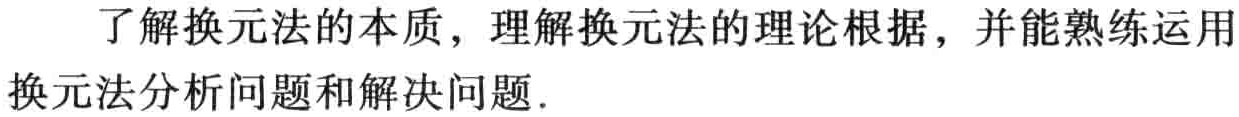
了解换元法的本质，理解换元法的理论根据，并能熟练运用换元法分析问题和解决问题．